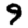
Digit: 9